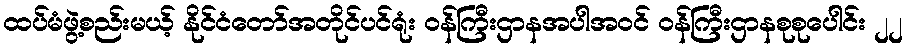
ထပ်မံဖွဲ့စည်းမယ့် နိုင်ငံတော်အတိုင်ပင်ရုံး ဝန်ကြီးဌာနအပါအဝင် ဝန်ကြီးဌာနစုစုပေါင်း ၂၂